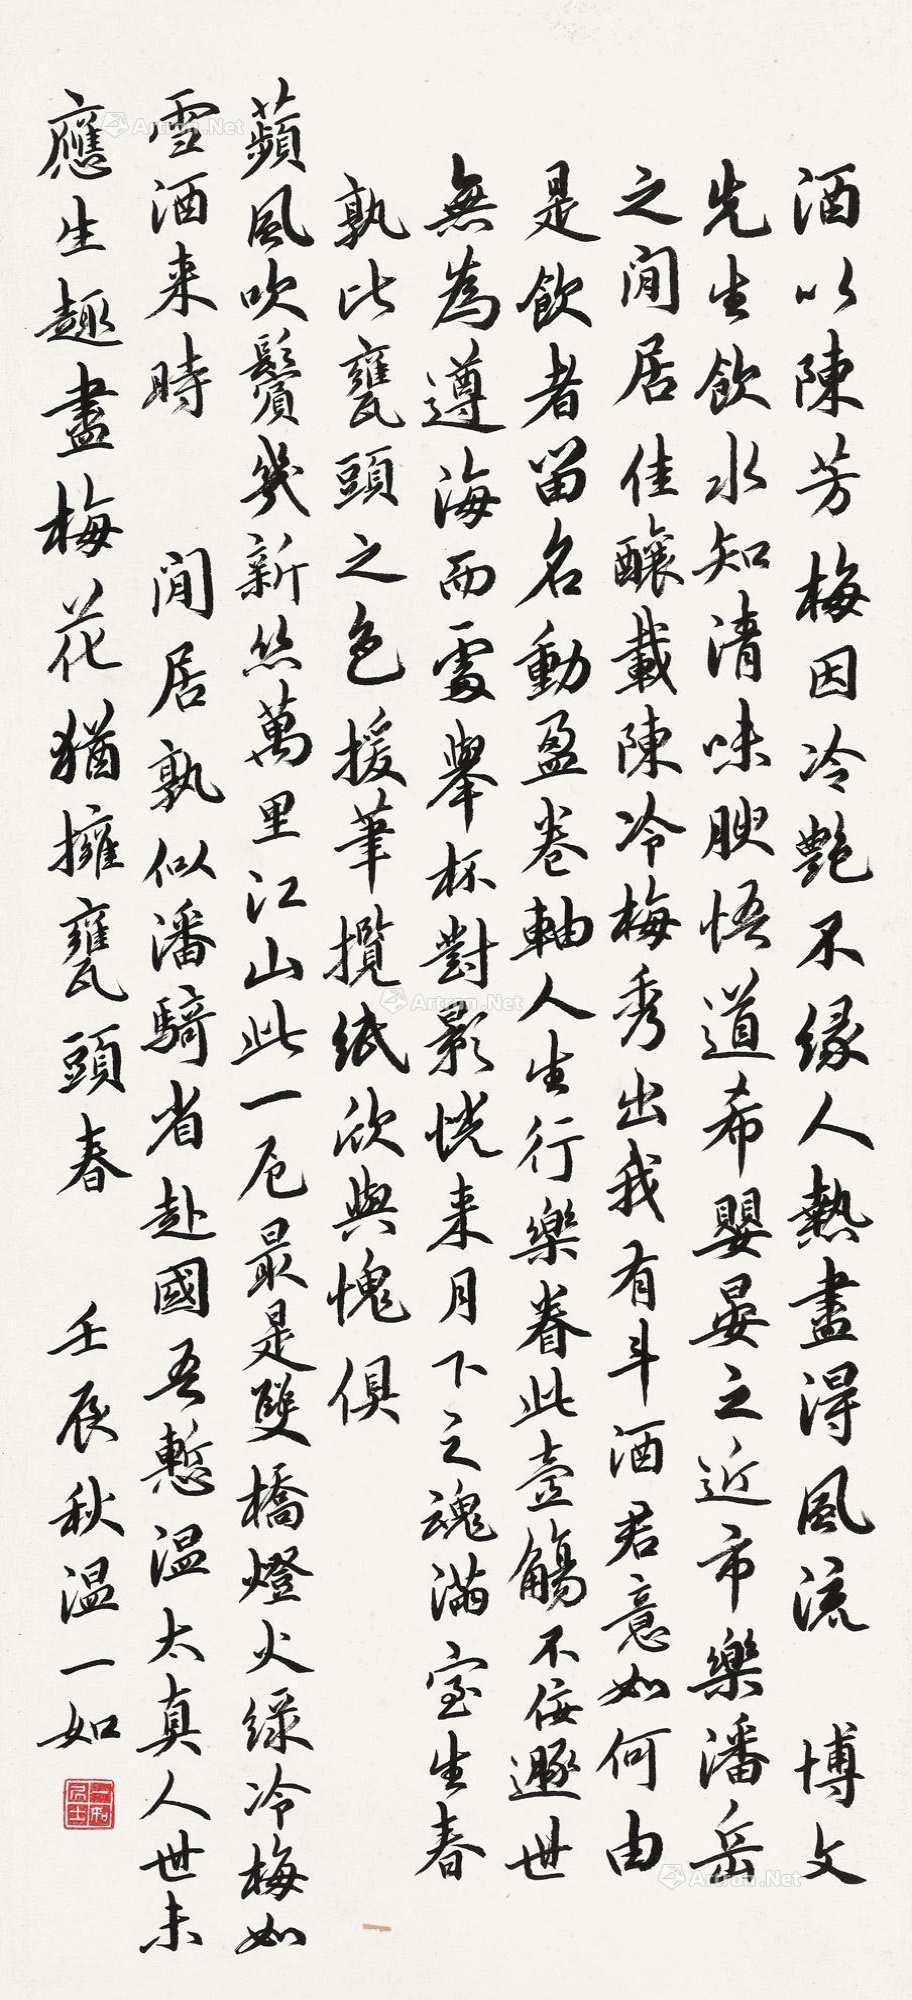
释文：酒以陈芳，梅因冷艳，不缘人热，尽得风流。博文先生饮水知清，味腴悟道，希婴、晏之近市，乐潘、岳之闲居。佳酿载陈，冷梅秀出。我有斗酒，君意如何？由是饮者留名，动盈卷轴。人生行乐，眷此壶觞。不佞遁世，无为遵海而处。举杯对影，恍来月下之魂；满室生春，孰比瓮头之色。援笔揽纸，欣与愧俱。苹风吹鬓几新丝，万里江山此一厄。最是双桥灯火绿，冷梅如雪酒来时。闲居孰似潘骑者，赴国吾惭温太真。人世未应生趣尽，梅花犹拥瓮头春。壬辰秋，温一如。